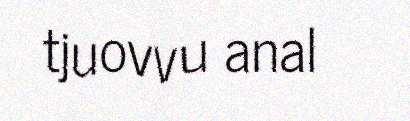
tjuovvu anal